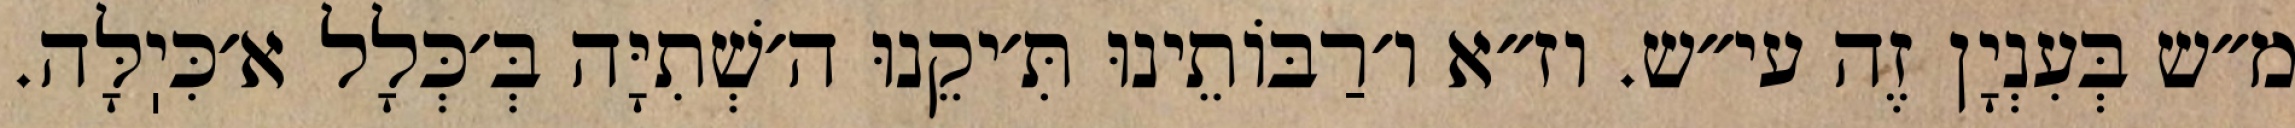
מ״ש בְּעִנְיָן זֶה עי״ש. וז״א ו׳רַבּוֹתֵינוּ תִּ׳יקֵנוּ ה׳שְׁתִיָּה בְּ׳כְּלָל א׳כִּיֽלָּה.